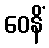
ဝေနိံ